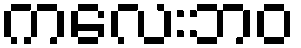
ကလေးဘဝ